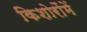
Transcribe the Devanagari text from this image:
किशोरोंमें